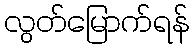
လွတ်မြောက်ရန်